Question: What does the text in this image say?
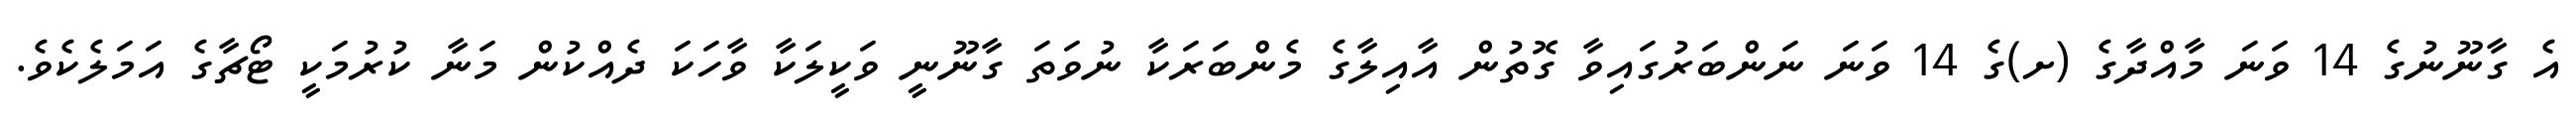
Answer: އެ ގާނޫނުގެ 14 ވަނަ މާއްދާގެ (ށ)ގެ 14 ވަނަ ނަންބަރުގައިވާ ގޮތުން އާއިލާގެ މެންބަރަކާ ނުވަތަ ގާނޫނީ ވަކީލަކާ ވާހަކަ ދެއްކުން މަނާ ކުރުމަކީ ޓޯޗާގެ އަމަލެކެވެ.